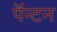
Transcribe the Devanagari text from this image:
पॅन्टन